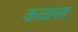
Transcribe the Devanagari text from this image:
कळसा